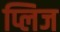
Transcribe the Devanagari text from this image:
प्लिज